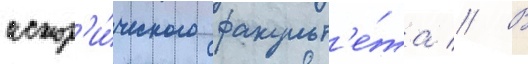
истор'и́ческого факульт'е́та // В